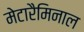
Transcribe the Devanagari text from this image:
मेटारैमिनाल